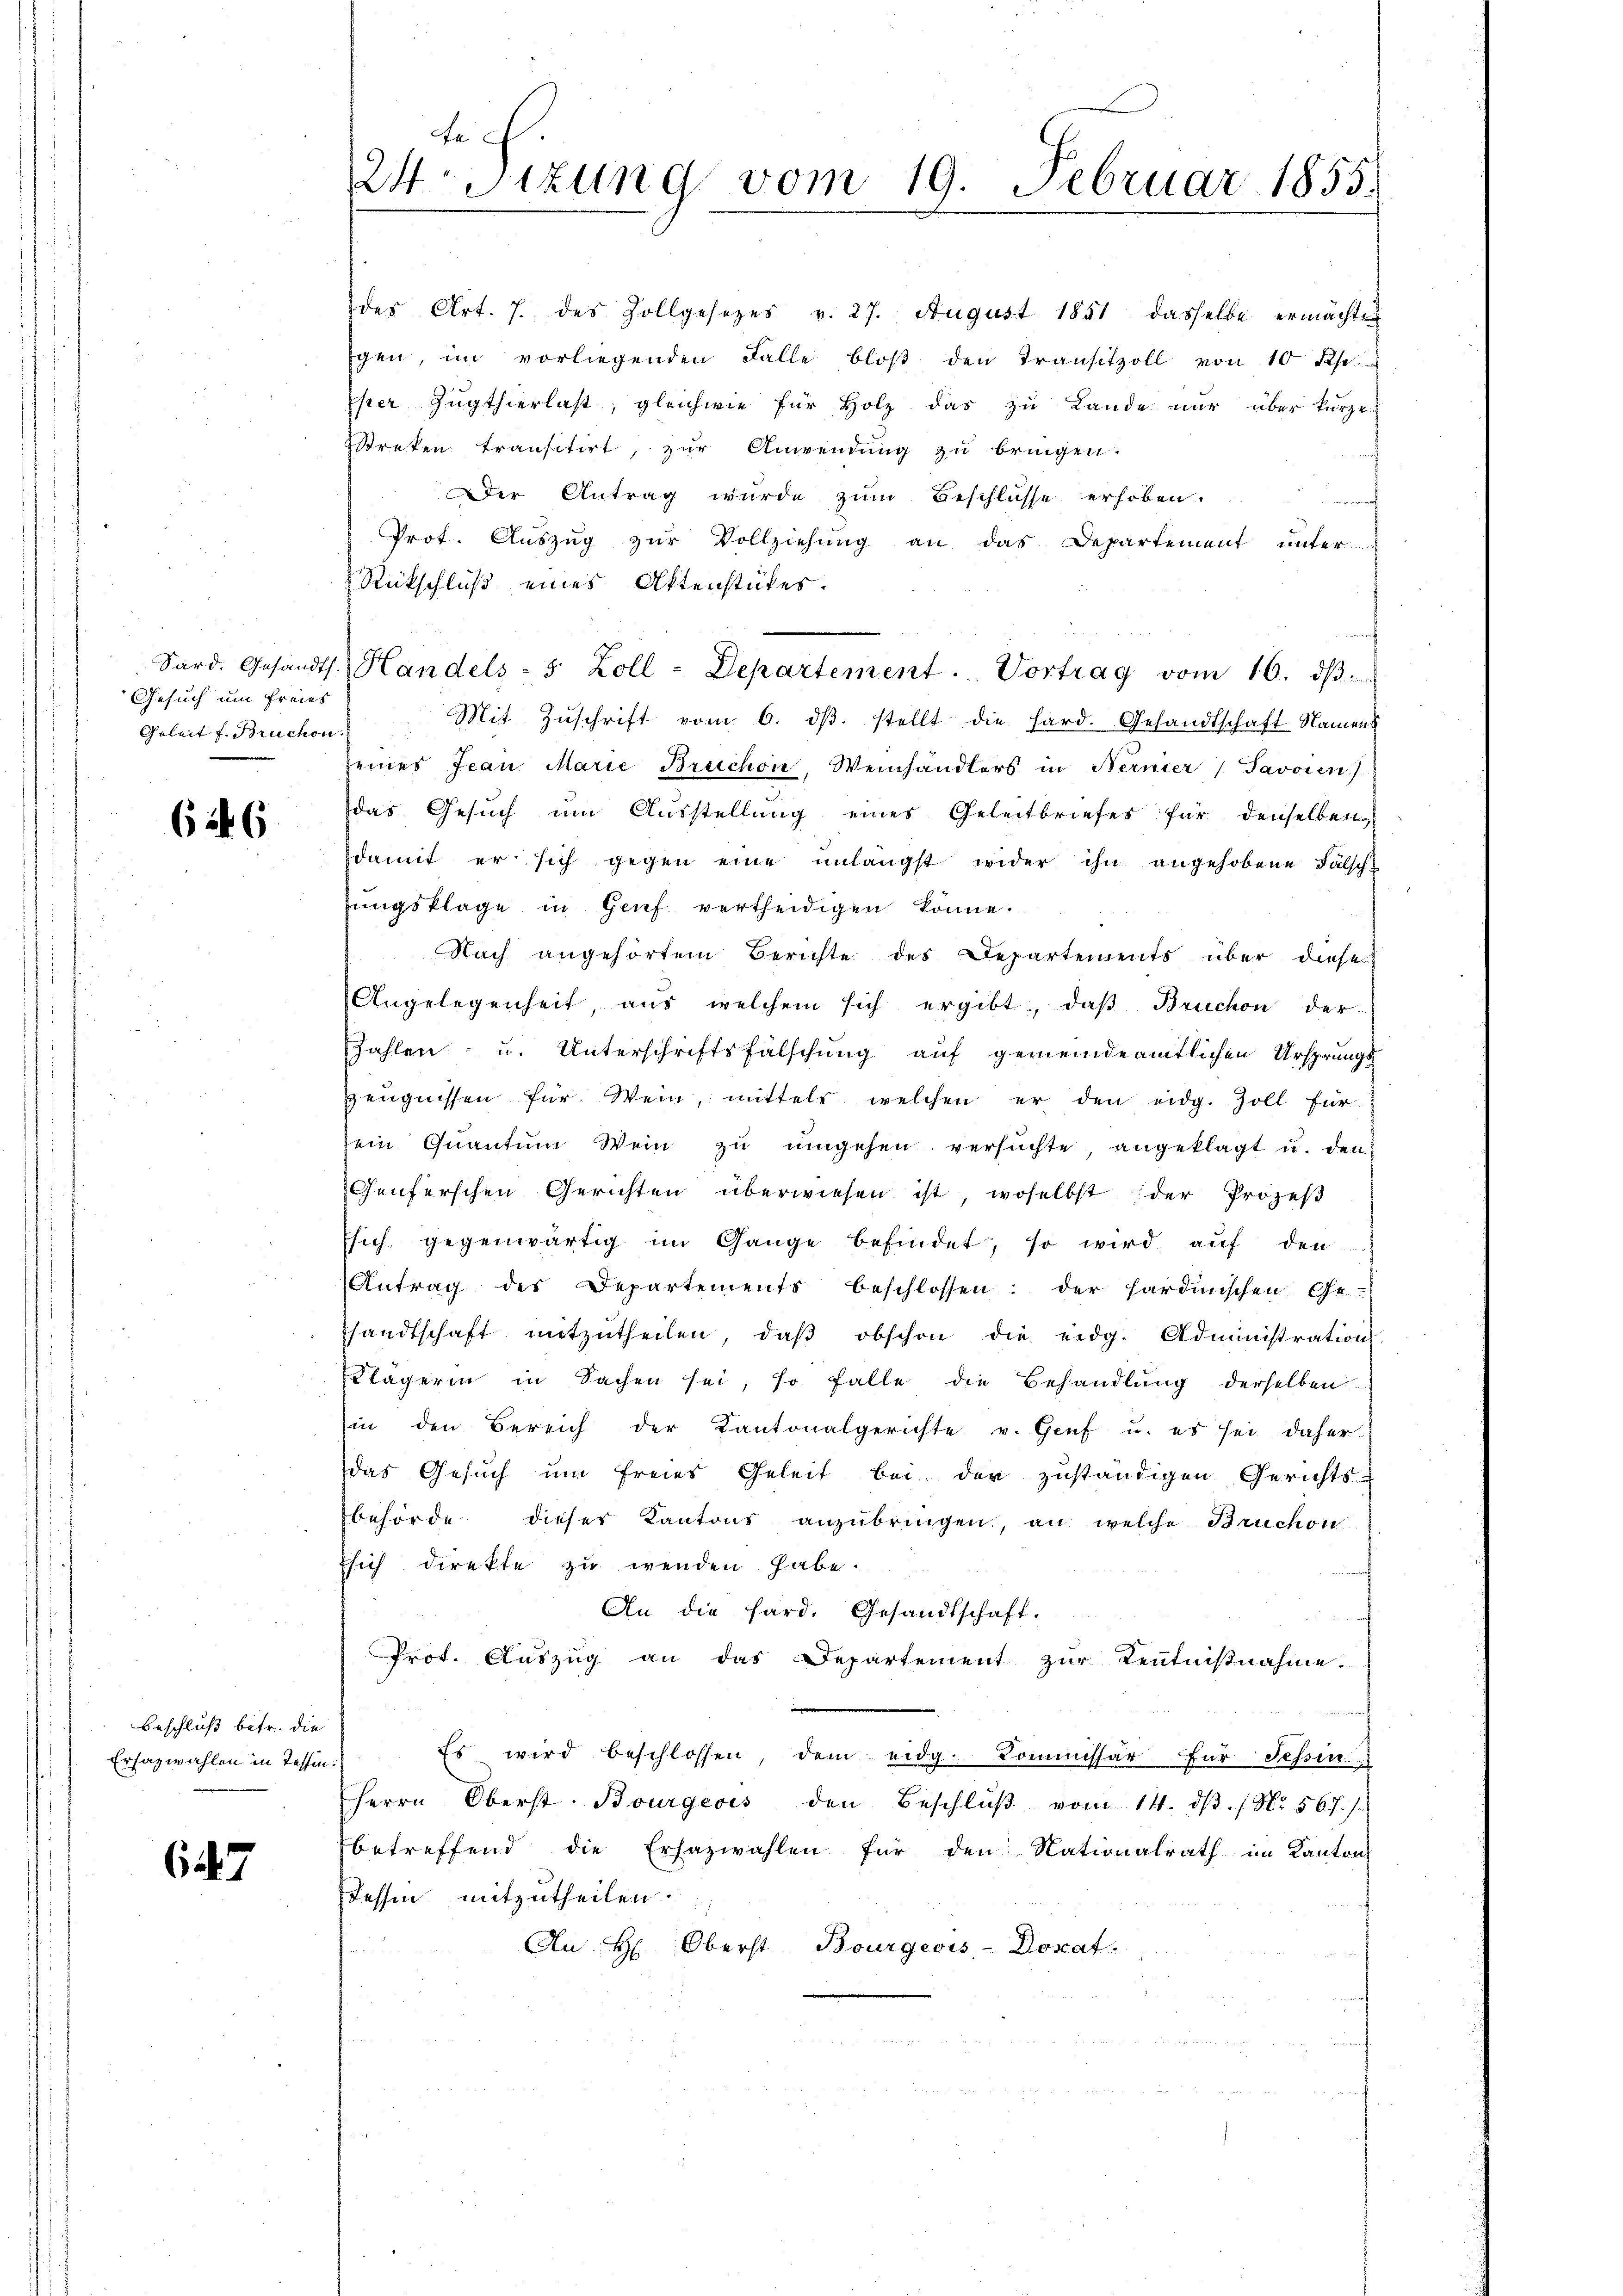
Gesuch um freies
Geleit f. Bruchon

62. 6

Beschluß betr. die
Erhazwahlen in Tessin.

647

Fe
24 Sizung vom 19. Februar 1855.

Eper Zugthierlast, gleichwie für Holz das zu Lande nur über kurze
Streken transitirt, zur Anwendung zu bringen.
Der Antrag wurde zum Beschlusse erhoben.
f
Prot. Auszug zur Vollziehung an das Departement unter
Rückschluß eines Aktenstükes.
Mit Zŭschrift vom 6. dβ. stellt die hard. Gesandtschaft Namens
seines Jean Marie Bruchon, Weinhändlers in Nernier Javoren)
das Gesuch um Ausstellung eines Geleitbriefes für denselben
damit er sich gegen eine unlängst wider ihn angehobene Fälsch-
ungsklage in Genf vertheidigen könne.
Nach angehörtem Berichte des Departements über diese
Angelegenheit, aus welchem sich ergibt, daβ Bruchon der
Zahlen u. Unterschriftsfälschung auf gemeinde amtlichen Ursprungszeŭgnissen für Wein, mittels welchen er den eidg. Zoll für
dein Qŭantŭm Wein zŭ ŭmgehen versŭchte, angeklagt u. den
Genferschen Gerichten überwiesen ist, woselbst der Prozeβ
sich gegenwärtig im Gange befindet, so wird aŭf den
Antrag des Departements beschlossen: der sardinischen Ge-
Esandtschaft mitzŭtheilen, daβ obschon die eidg. Administration
Klägerin in Sachen sei, so falle die Behandlung derselben
sin den Bereich der Kantonalgerichte v. Genf u. es sei daher
das Gesuch um freies Geleit bei der zuständigen Gerichts-
behörde dieser Kantons anzŭbringen, an welche Bruchon
sich direkte zu wenden habe.
An die hard. Gesandtschaft.
Prot. Auszug an das Departement zur Zentnißnahme.
Es wird beschlossen, dem eidg. Kommissär für Tessin.
Herrn Oberst. Bourgeois den Beschlŭβ vom 14. dβ. / No. 567.
betreffend die Ersazwahlen für den Nationalrath im Kanton
dessen mitzutheilen.
An H. Oberst Bourgeois-Dosat.

des Art. 7. des Zollgesetzes v. 27. August 1851 dasselbe ermächtig
gen, im vorliegenden Falle bloβ den Transitzoll von 10 Rp.

Sard. Gesandts Handels- 5 Zoll-Departement. Vortrag vom 16. dβ.